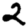
Digit: 2